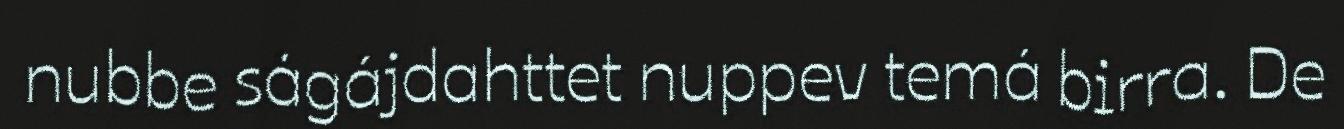
nubbe ságájdahttet nuppev temá birra. De